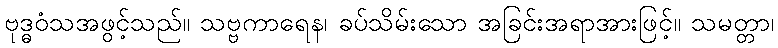
ဗုဒ္ဓဝံသအဖွင့်သည်။ သဗ္ဗကာရေန၊ ခပ်သိမ်းသော အခြင်းအရာအားဖြင့်။ သမတ္တာ၊